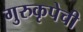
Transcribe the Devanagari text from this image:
गुरुकृपेची